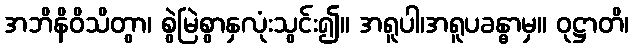
အဘိနိဝိသိတွာ၊ စွဲမြဲစွာနှလုံးသွင်း၍။ အရူပါ၊အရူပခန္ဓာမှ။ ဝုဋ္ဌာတိ၊